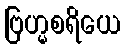
ဗြဟ္မစရိယေ